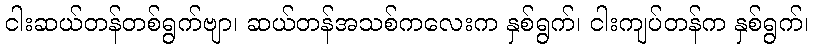
ငါးဆယ်တန်တစ်ရွက်ဗျာ၊ ဆယ်တန်အသစ်ကလေးက နှစ်ရွက်၊ ငါးကျပ်တန်က နှစ်ရွက်၊